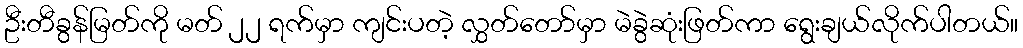
ဦးတီခွန်မြတ်ကို မတ် ၂၂ ရက်မှာ ကျင်းပတဲ့ လွှတ်တော်မှာ မဲခွဲဆုံးဖြတ်ကာ ရွေးချယ်လိုက်ပါတယ်။